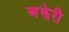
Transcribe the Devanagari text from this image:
अझेरी